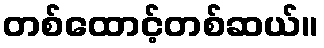
တစ်ထောင့်တစ်ဆယ်။